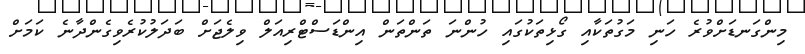
މިންގަނޑަށްވުރެ ހަނި މަގުތަކާއި ގޯޅިތަކުގައި ހުންނަ ތަންތަން އިންޑަސްޓްރިއަލް ވިލެޖަށް ބަދަލުކުރެވިގެންދާނެ ކަމަށް